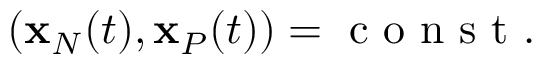
\begin{array} { r } { ( { \bf x } _ { N } ( t ) , { \bf x } _ { P } ( t ) ) = \mathrm { ~ c ~ o ~ n ~ s ~ t ~ } . } \end{array}